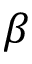
\beta